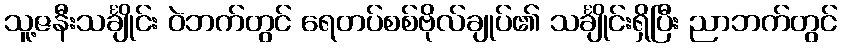
သူ့ဇနီးသင်္ချိုင်း ဝဲဘက်တွင် ရေတပ်စစ်ဗိုလ်ချုပ်၏ သင်္ချိုင်းရှိပြီး ညာဘက်တွင်